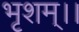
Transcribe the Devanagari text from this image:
भृशम्।।